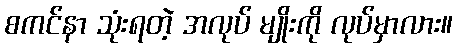
စကင်နာ သုံးရတဲ့ အလုပ် မျိုးကို လုပ်မှာလား။